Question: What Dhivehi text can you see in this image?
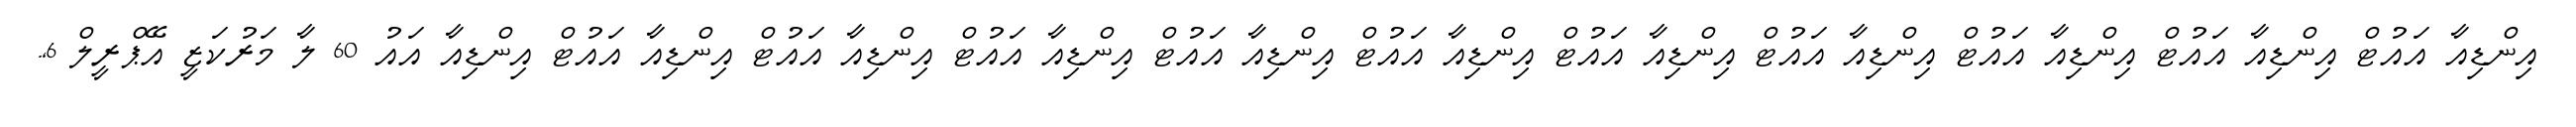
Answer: އިންޑިއާ އައުޓް އިންޑިއާ އައުޓް އިންޑިއާ އައުޓް އިންޑިއާ އައުޓް އިންޑިއާ އައުޓް އިންޑިއާ އައުޓް އިންޑިއާ އައުޓް އިންޑިއާ އައުޓް އިންޑިއާ އައުޓް އިންޑިއާ އައުޓް އިންޑިއާ އައު 60 ލާ މަރުކަޒީ އޭޕްރީލް 6,.